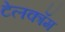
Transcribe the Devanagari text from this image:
टेलकॉम